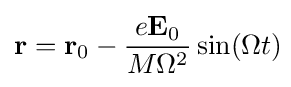
\mathbf {r} =\mathbf {r} _{0}-{\frac {e\mathbf {E} _{0}}{M\Omega ^{2}}}\sin(\Omega t)\!